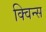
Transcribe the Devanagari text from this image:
क्विन्‍स